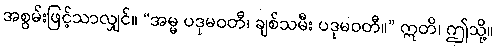
အစွမ်းဖြင့်သာလျှင်။ “အမ္မ ပဒုမဝတီ၊ ချစ်သမီး ပဒုမဝတီ။” ဣတိ၊ ဤသို့။